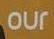
our